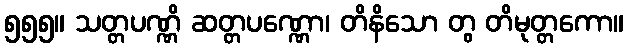
၅၅၅။ သတ္တပဏ္ဏိ ဆတ္တပဏ္ဏော၊ တိနိသော တွ တိမုတ္တကော။